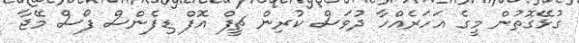
ގުޅޭގޮތުން މީގެ އަހަރެއްހާ ދުވަސް ކުރިން ޗީފް އޮފް ޑިފެންސް ފޯސް މޭޖާ